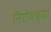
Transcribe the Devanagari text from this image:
निरोधच्या